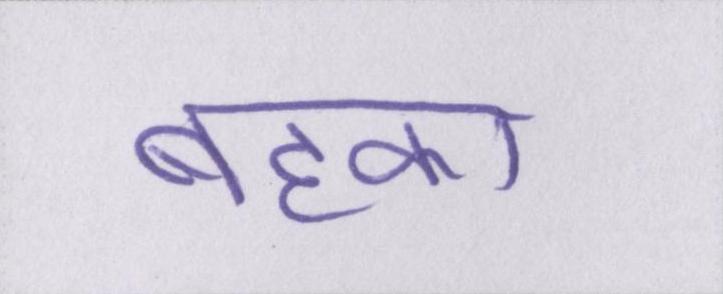
बहका